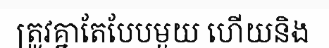
ត្រូវគ្នាតែបែបមួយ ហើយនិង